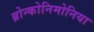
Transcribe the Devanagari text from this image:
ब्रोन्कोनिमोनिया